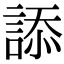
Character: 𧨩